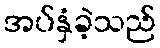
အပ်နှံခဲ့သည်